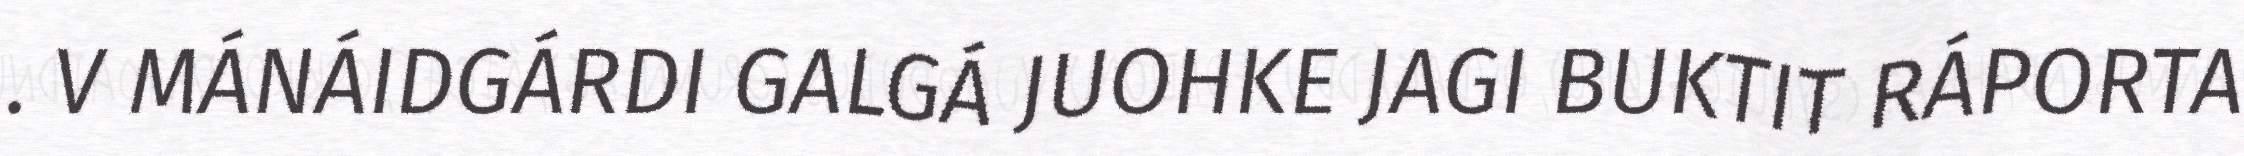
. V MÁNÁIDGÁRDI GALGÁ JUOHKE JAGI BUKTIT RÁPORTA